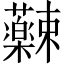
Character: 𫊚